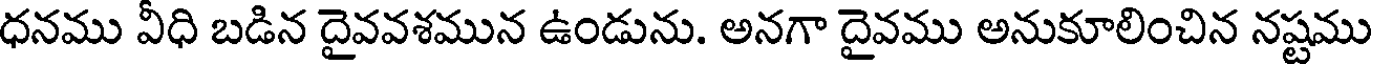
ధనము వీధి బడిన దైవవశమున ఉండును. అనగా దైవము అనుకూలించిన నష్టము